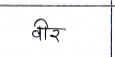
मजकूर: वीर